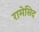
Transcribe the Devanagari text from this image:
रामेसिद